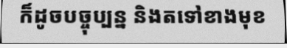
ក៏ដូចបច្ចុប្បន្ន និងតទៅខាងមុខ